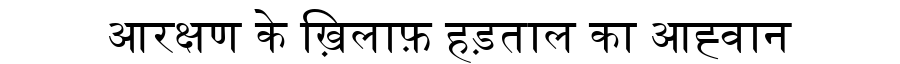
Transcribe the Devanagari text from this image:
आरक्षण के ख़िलाफ़ हड़ताल का आह्वान